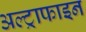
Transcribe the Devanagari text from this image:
अल्ट्राफाइन